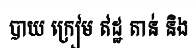
បាយ ក្រៀម ឥដ្ឋ តាន់ និង